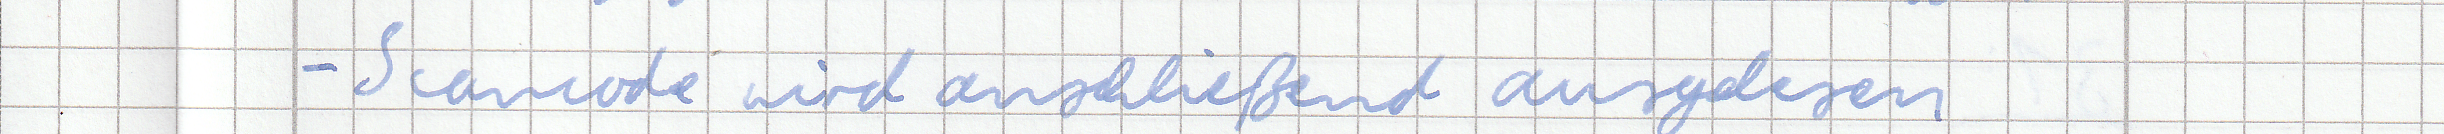
- Scancode wird anschließend ausgelesen